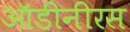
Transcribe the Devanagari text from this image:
ऑडीनीरस